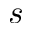
s